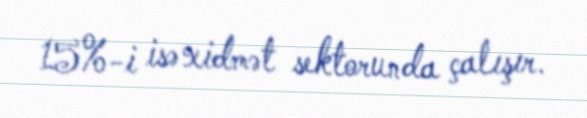
15%-i isə xidmət sektorunda çalışır.